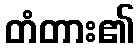
တံတား၏